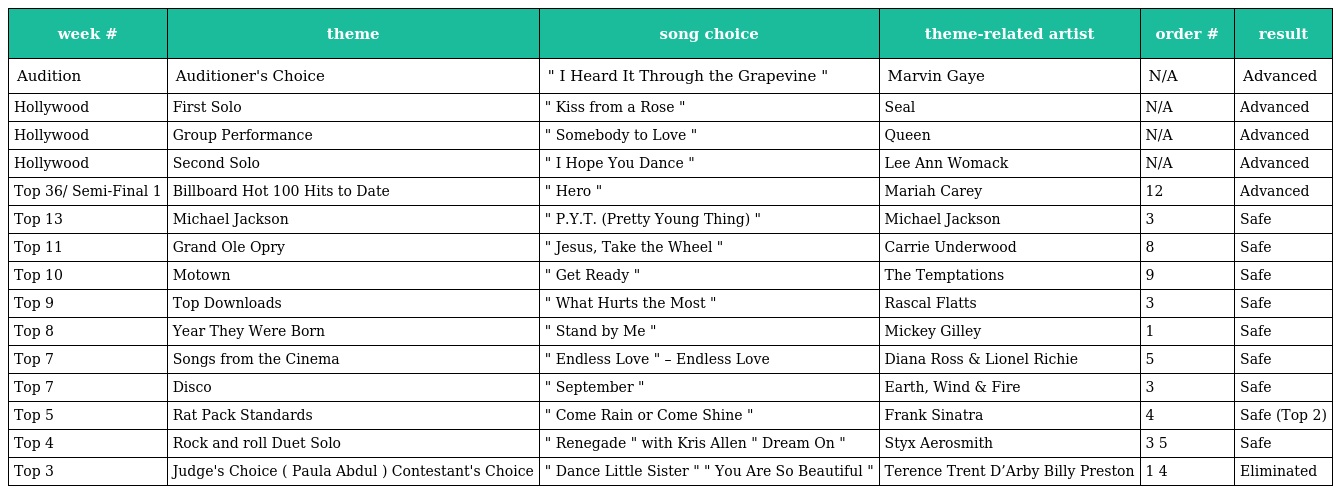
| week # | theme | song choice | theme-related artist | order # | result |
 | --- | --- | --- | --- | --- | --- |
 | Audition | Auditioner's Choice | " I Heard It Through the Grapevine " | Marvin Gaye | N/A | Advanced |
 | Hollywood | First Solo | " Kiss from a Rose " | Seal | N/A | Advanced |
 | Hollywood | Group Performance | " Somebody to Love " | Queen | N/A | Advanced |
 | Hollywood | Second Solo | " I Hope You Dance " | Lee Ann Womack | N/A | Advanced |
 | Top 36/ Semi-Final 1 | Billboard Hot 100 Hits to Date | " Hero " | Mariah Carey | 12 | Advanced |
 | Top 13 | Michael Jackson | " P.Y.T. (Pretty Young Thing) " | Michael Jackson | 3 | Safe |
 | Top 11 | Grand Ole Opry | " Jesus, Take the Wheel " | Carrie Underwood | 8 | Safe |
 | Top 10 | Motown | " Get Ready " | The Temptations | 9 | Safe |
 | Top 9 | Top Downloads | " What Hurts the Most " | Rascal Flatts | 3 | Safe |
 | Top 8 | Year They Were Born | " Stand by Me " | Mickey Gilley | 1 | Safe |
 | Top 7 | Songs from the Cinema | " Endless Love " – Endless Love | Diana Ross & Lionel Richie | 5 | Safe |
 | Top 7 | Disco | " September " | Earth, Wind & Fire | 3 | Safe |
 | Top 5 | Rat Pack Standards | " Come Rain or Come Shine " | Frank Sinatra | 4 | Safe (Top 2) |
 | Top 4 | Rock and roll Duet Solo | " Renegade " with Kris Allen " Dream On " | Styx Aerosmith | 3 5 | Safe |
 | Top 3 | Judge's Choice ( Paula Abdul ) Contestant's Choice | " Dance Little Sister " " You Are So Beautiful " | Terence Trent D’Arby Billy Preston | 1 4 | Eliminated |